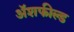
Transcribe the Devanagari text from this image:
ॲशफील्ड